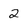
Character: 2